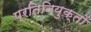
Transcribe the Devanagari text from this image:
प्रतिनियुक्तों